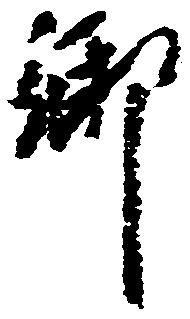
郷